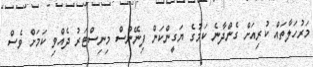
މަރުހަލާތައް ކުރިއަށް ގެންދާނެ ކަމުގެ ޔަގީންކަން ފިނޭންސް މިނިސްޓަރު ދެއްވި ކަމަށް ވެސް